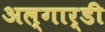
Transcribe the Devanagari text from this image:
अल्गार्डी